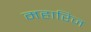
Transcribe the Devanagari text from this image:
महारिज